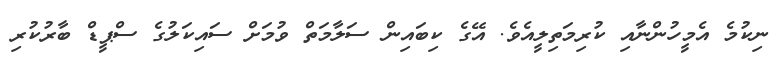
ނިކުމެ އެމީހުންނާއި ކުރިމަތިލީއެވެ. އޭގެ ކިބައިން ސަލާމަތް ވުމަށް ސައިކަލުގެ ސްޕީޑް ބާރުކުރި